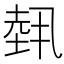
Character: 𡎐